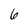
Character: 6